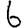
Digit: 6